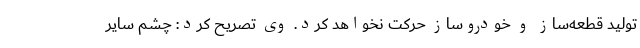
تولید قطعه‌ساز و خودروساز حرکت نخواهد کرد. وی تصریح کرد: چشم سایر